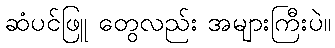
ဆံပင်ဖြူ တွေလည်း အများကြီးပဲ။